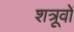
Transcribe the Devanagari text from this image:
शत्रूवों